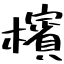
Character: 檳